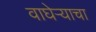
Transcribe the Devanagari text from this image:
वाघेऱ्याचा